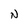
Character: N